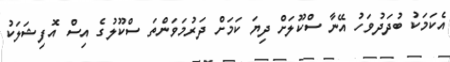
އެކަމަކު ބުދަދުވަހު އޭނާ ސްކޫލަށް ދިޔަ ކަމަށް ދަރުމަވަންތަ ސްކޫލުގެ އިސް އޮފިޝަލަކު